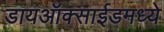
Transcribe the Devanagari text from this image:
डायऑक्साईडमध्ये